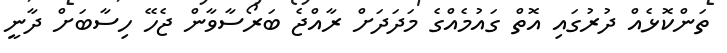
ތަންކޮޅެއް ދުރުގައި އޮތް ގައުމެއްގެ މަދަދަށް ރާއްޖެ ބަރޯސާވާން ޖެހޭ ހިސާބަށް ދާނީ